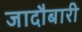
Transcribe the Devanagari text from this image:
जादौबारी